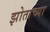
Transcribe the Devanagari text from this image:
झोताच्या